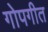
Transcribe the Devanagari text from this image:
गोपगीत